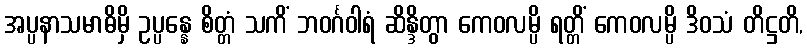
အပ္ပနာသမာဓိမှိ ဥပ္ပန္နေ စိတ္တံ သကိံ ဘဝင်္ဂဝါရံ ဆိန္ဒိတွာ ကေဝလမ္ပိ ရတ္တိံ ကေဝလမ္ပိ ဒိဝသံ တိဋ္ဌတိ,